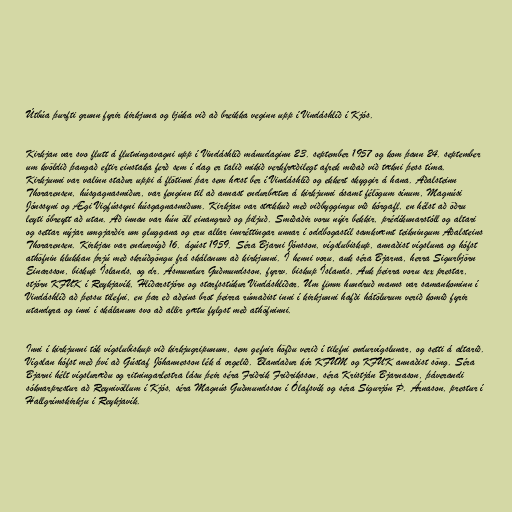
Útbúa þurfti grunn fyrir kirkjuna og ljúka við að breikka veginn upp í Vindáshlíð í Kjós.

Kirkjan var svo flutt á flutningavagni upp í Vindáshlíð mánudaginn 23. september 1957 og kom þann 24. september
um kvöldið þangað eftir einstaka ferð sem í dag er talið mikið verkfræðilegt afrek miðað við tækni þess tíma.
Kirkjunni var valinn staður uppi á flötinni þar sem hæst ber í Vindáshlíð og ekkert skyggir á hana. Aðalsteinn
Thorarensen, húsgagnasmiður, var fenginn til að annast endurbætur á kirkjunni ásamt félögum sínum, Magnúsi
Jónssyni og Ægi Vigfússyni húsgagnasmiðum. Kirkjan var stækkuð með viðbyggingu við kórgafl, en hélst að öðru
leyti óbreytt að utan. Að innan var hún öll einangruð og þiljuð. Smíðaðir voru nýir bekkir, prédíkunarstóll og altari
og settar nýjar umgjarðir um gluggana og eru allar innréttingar unnar í oddbogastíl samkvæmt teikningum Aðalsteins
Thorarensen. Kirkjan var endurvígð 16. ágúst 1959. Séra Bjarni Jónsson, vígslubiskup, annaðist vígsluna og hófst
athöfnin klukkan þrjú með skrúðgöngu frá skálanum að kirkjunni. Í henni voru, auk séra Bjarna, herra Sigurbjörn
Einarsson, biskup Íslands, og dr. Ásmundur Guðmundsson, fyrrv. biskup Íslands. Auk þeirra voru sex prestar,
stjórn KFUK í Reykjavík, Hlíðarstjórn og starfsstúkur Vindáshlíðar. Um fimm hundruð manns var samankominn í
Vindáshlíð að þessu tilefni, en þar eð aðeins brot þeirra rúmaðist inni í kirkjunni hafði hátölurum verið komið fyrir
utandyra og inni í skálanum svo að allir gætu fylgst með athöfninni.

Inni í kirkjunni tók vígslubiskup við kirkjugripunum, sem gefnir höfðu verið í tilefni endurvígslunar, og setti á altarið.
Vígslan hófst með því að Gústaf Jóhannesson lék á orgelið. Blandaður kór KFUM og KFUK annaðist söng. Séra
Bjarni hélt vígsluræðu og ritningarlestra lásu þeir séra Friðrik Friðriksson, séra Kristján Bjarnason, þáverandi
sóknarprestur að Reynivöllum í Kjós, séra Magnús Guðmundsson í Ólafsvík og séra Sigurjón Þ. Árnason, prestur í
Hallgrímskirkju í Reykjavík.